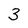
Character: 3